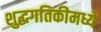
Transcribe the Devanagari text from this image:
शुद्धगतिकीमध्ये